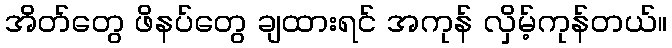
အိတ်တွေ ဖိနပ်တွေ ချထားရင် အကုန် လှိမ့်ကုန်တယ်။